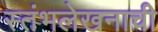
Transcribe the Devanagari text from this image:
स्तंभलेखनाची